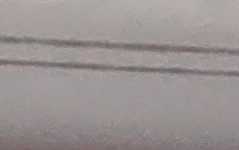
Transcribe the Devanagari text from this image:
छैन ।
गर्छु ।